画像に写った文字を読んでください
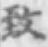
「致」と書いてあります